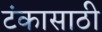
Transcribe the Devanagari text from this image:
टंकासाठी